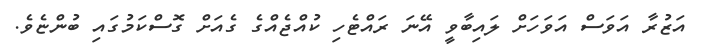
އަޒުރާ އަވަސް އަވަހަށް ލައިބާވީ އޭނަ ރައްޓެހި ކުއްޖެއްގެ ގެއަށް ގޮސްކަމުގައި ބުންޏެވެ.